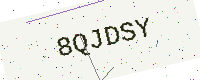
Text: 8QJDSY